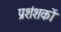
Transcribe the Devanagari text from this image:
प्रशंशकों